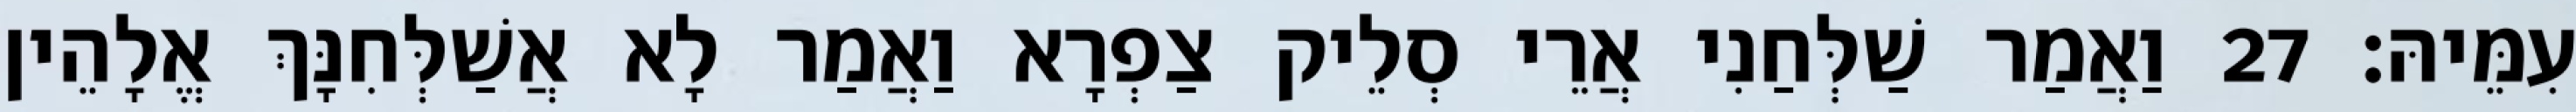
עִמֵּיהּ׃ 27 וַאֲמַר שַׁלְּחַנִי אֲרֵי סְלֵיק צַפְרָא וַאֲמַר לָא אֲשַׁלְּחִנָּךְ אֱלָהֵין